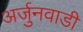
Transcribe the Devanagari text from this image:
अर्जुनवाडी